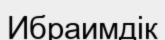
Ибраимдік